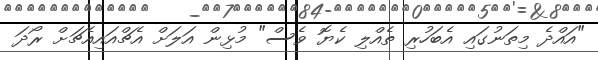
"އައްދެ މިތަނުގައި އެބަހުރި ތެއްލި ކެޔޮ ވެސް" މުޅިން އަލަށް އެޗްއައިއެޗަށް ރޯދަ